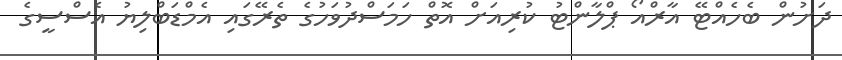
ދަށުން ބެހެއްޓޭ އާރްއޯ ޕްލާންޓު ކުރިއަށް އޮތް ހަމަސްދުވަހުގެ ތެރޭގައި އެމްޑަބްލިޔު އެސްސީގެ